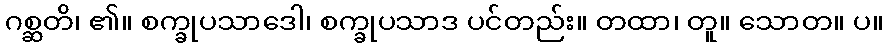
ဂစ္ဆတိ၊ ၏။ စက္ခုပသာဒေါ၊ စက္ခုပသာဒ ပင်တည်း။ တထာ၊ တူ။ သောတ။ ပ။